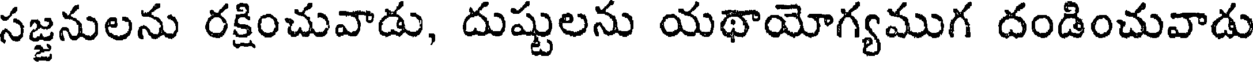
సజ్జనులను రక్షించువాడు, దుష్టులను యథాయోగ్యముగ దండించువాడు